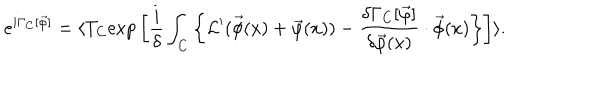
LaTeX: e ^ { i \Gamma _ { C } [ \vec { \varphi } ] } = \langle T _ { C } \mathrm { e x p } \left[ \frac { i } { \delta } \int _ { C } \left\{ { \cal L } ^ { \prime } ( \vec { \phi } ( x ) + \vec { \varphi } ( x ) ) - \frac { \delta \Gamma _ { C } [ \vec { \varphi } ] } { \delta \vec { \varphi } ( x ) } \cdot \vec { \phi } ( x ) \right\} \right] \rangle .